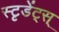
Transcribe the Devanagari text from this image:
स्टृडेंट्स्